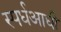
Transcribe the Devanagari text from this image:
स्पर्धआधी